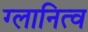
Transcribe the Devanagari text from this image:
ग्लानित्व